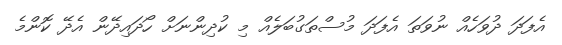
އެފަދަ ދުވަހެއް ނުވަތަ އެފަދަ މުސްތަގުބަލެއް މި ކުދިންނަށް ހޯދައިދޭން އެދޭ ކޮންމެ